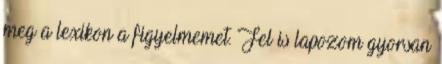
meg a lexikon a figyelmemet. Fel is lapozom gyorsan